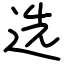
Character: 选